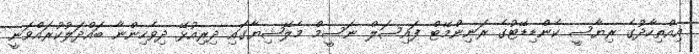
އިއްތިހާދުގެ ރިޔާސީ ކެންޑިޑޭޓުގެ ރަނިންމޭޓް ފައިސަލް ނަސީމް މެލޭޝިޔާގައި ދިރިއުޅޭ ދިވެހިންނާ ބައްދަލުކުރައްވަނީ